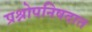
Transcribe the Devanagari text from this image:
प्रश्नोपनिषदात